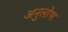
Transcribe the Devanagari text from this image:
अनुलोभ